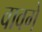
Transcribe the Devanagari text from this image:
वावगें